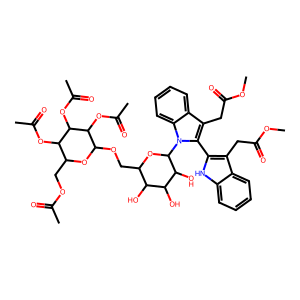
SMILES: COC(=O)Cc1c(-c2c(CC(=O)OC)c3ccccc3n2C2OC(COC3OC(COC(C)=O)C(OC(C)=O)C(OC(C)=O)C3OC(C)=O)C(O)C(O)C2O)[nH]c2ccccc12
Inhibits HIV replication: No